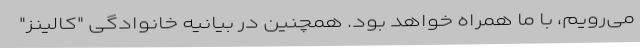
می‌رویم، با ما همراه خواهد بود. همچنین در بیانیه خانوادگی "کالینز"